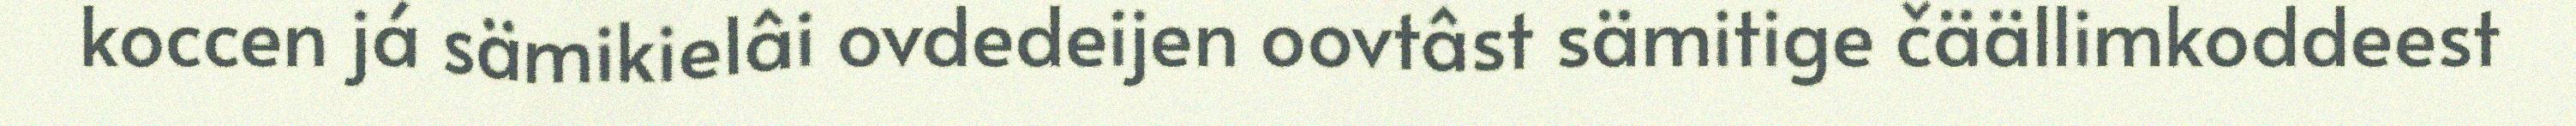
koccen já sämikielâi ovdedeijen oovtâst sämitige čäällimkoddeest